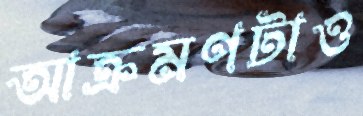
আক্রমণটাও